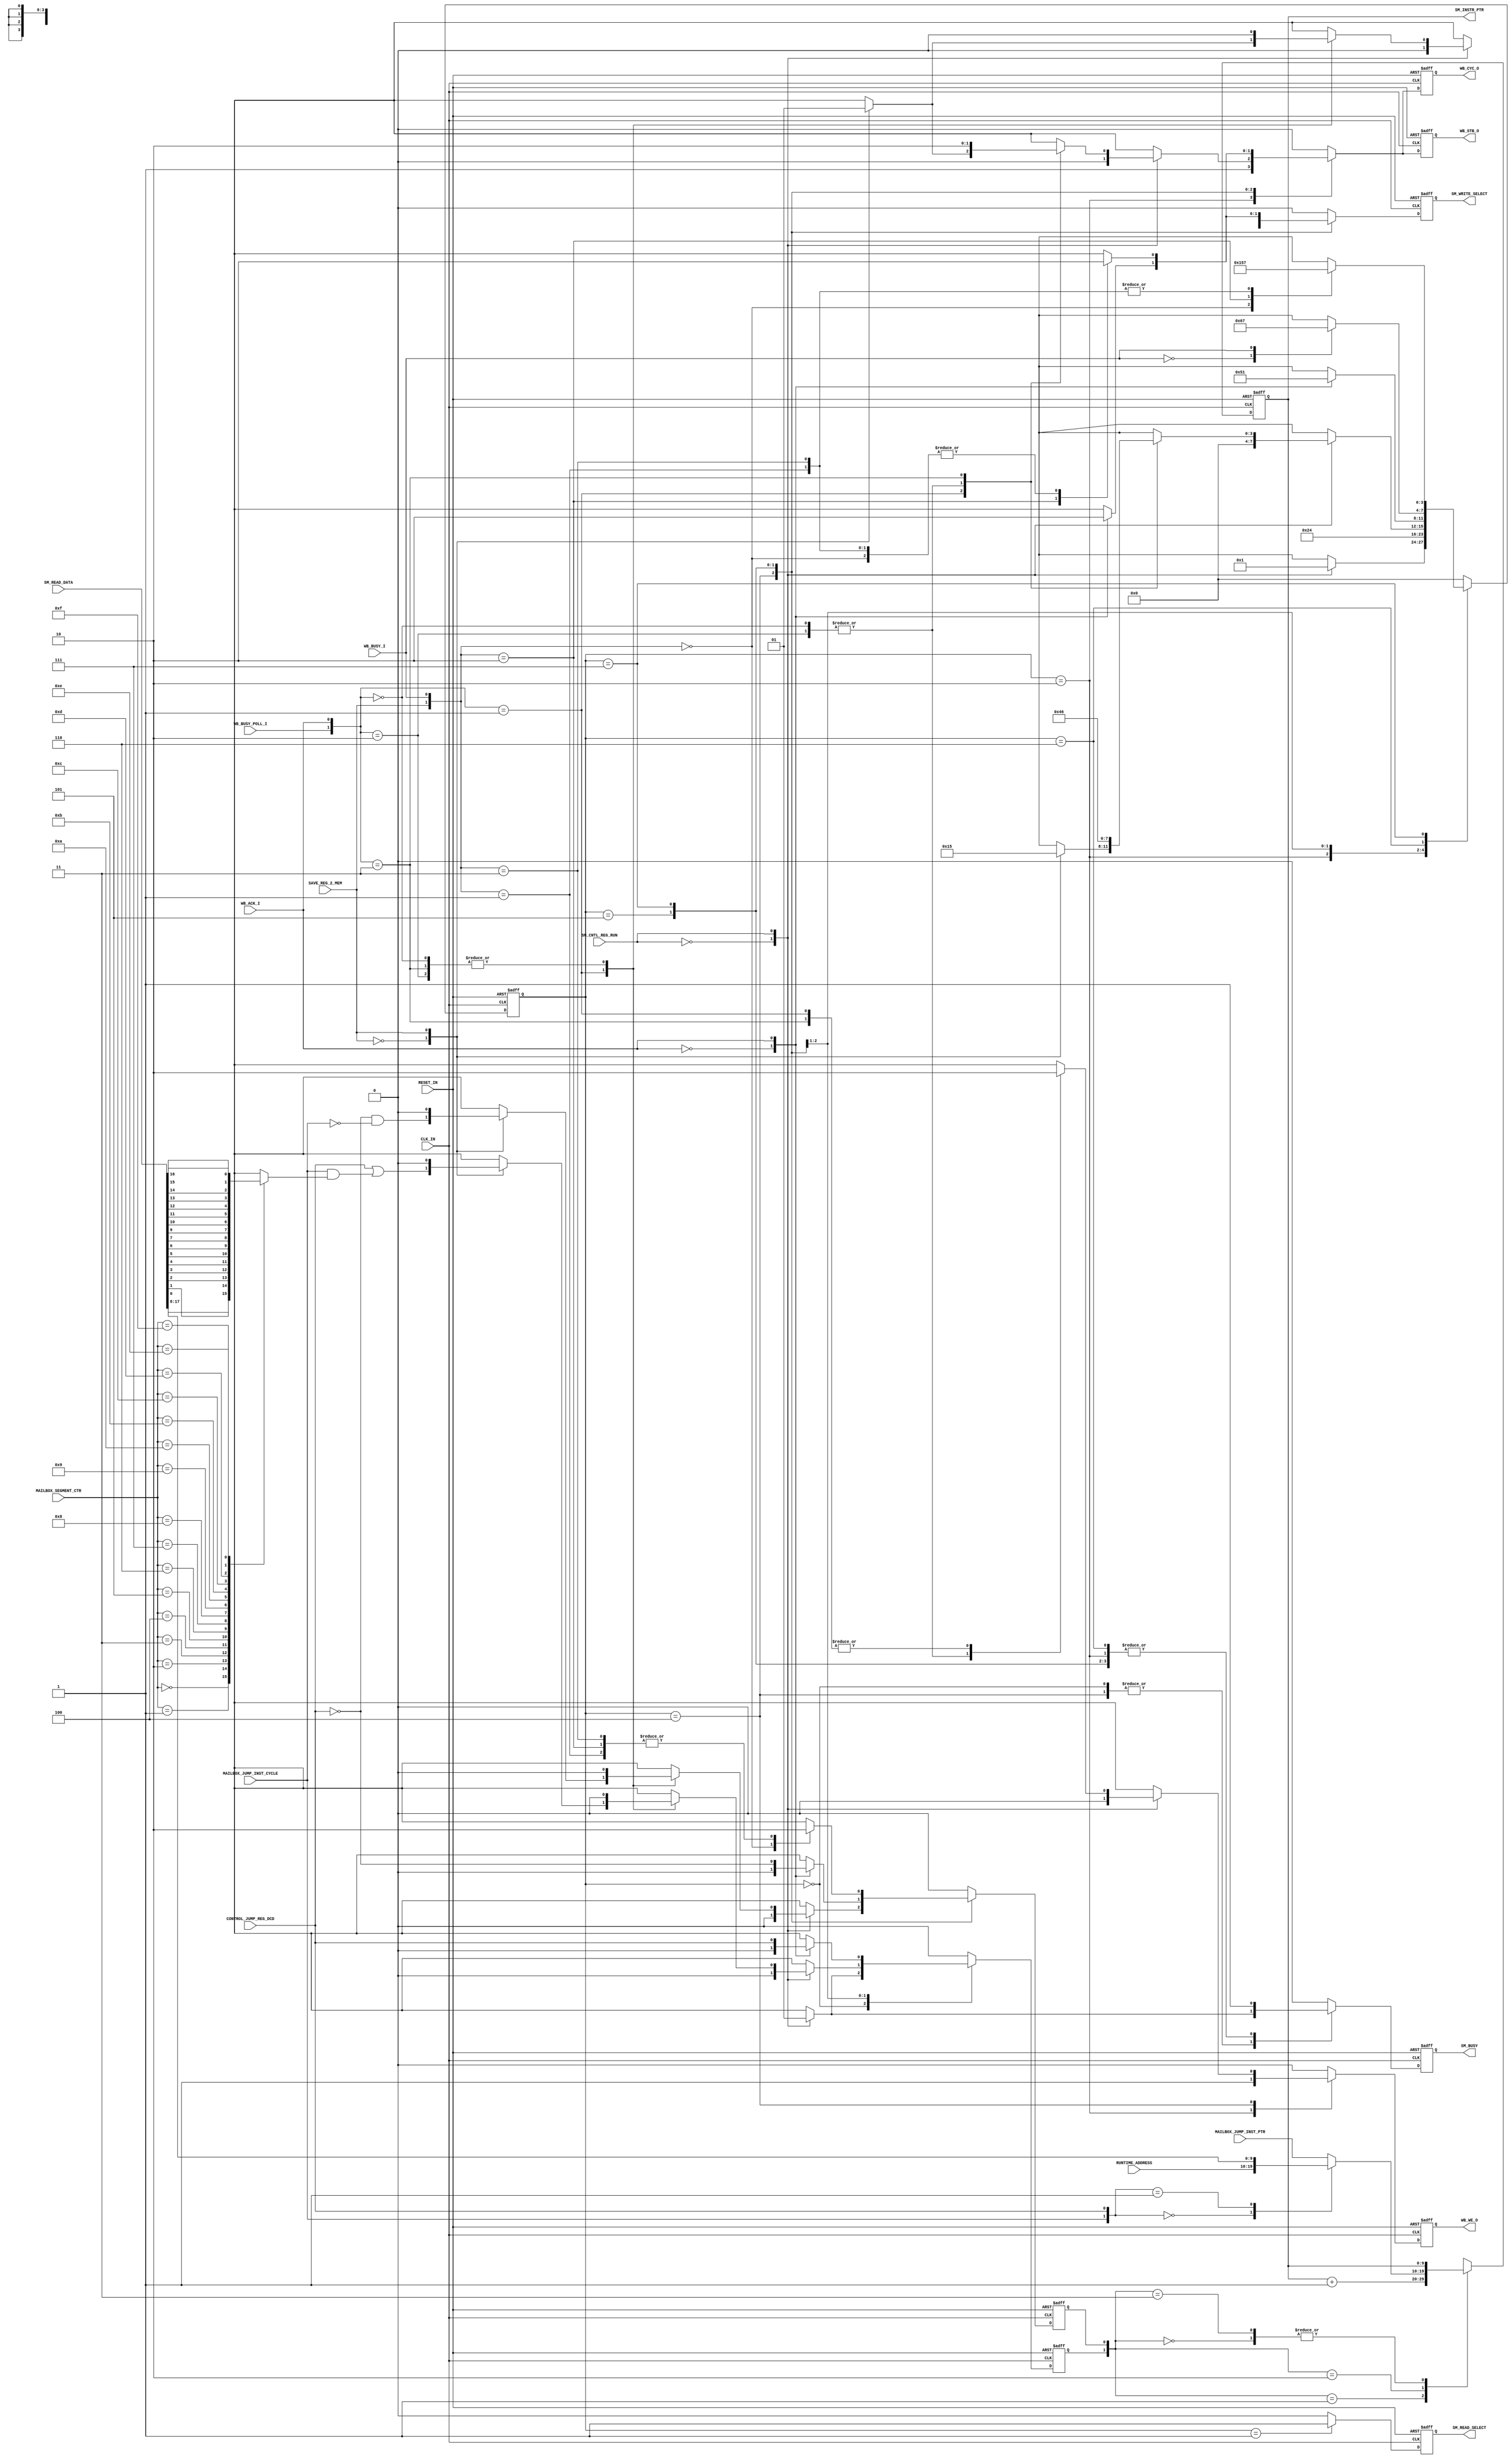
// -----------------------------------------------------------------------------
// title          : Sensor Manager Statemachine
// project        : ULP Sensor Hub
// -----------------------------------------------------------------------------
// company        : QuickLogic Corp
// last update    : 2013/12/06
// platform       : PolarPro III
// standard       : Verilog 2001
// -----------------------------------------------------------------------------
// description: The Sensor Manger Statemachine is responsible for controlling the
//              operations of the Sensor Manager. These include performing
//              transfers between Sensor Memory and various registers.
// -----------------------------------------------------------------------------
// copyright (c) 2013
// -----------------------------------------------------------------------------
// revisions  :
// date            version    author         description
// 2013/12/06      1.0        Glen Gomes     created
// 2014/05/27      1.1        Glen Gomes     Updated for Tay
// -----------------------------------------------------------------------------
// Comments: This solution is specifically for use with the QuickLogic
//           PolarPro III device. 
// -----------------------------------------------------------------------------

`timescale 1ns/10ps

module StateMachine (

               CLK_IN,
               RESET_IN,

			   RUNTIME_ADDRESS,
               CONTROL_JUMP_REG_DCD,
               SAVE_REG_2_MEM,

               MAILBOX_JUMP_INST_CYCLE,
			   MAILBOX_JUMP_INST_PTR,
			   MAILBOX_SEGMENT_CTR,

               WB_ACK_I,
               WB_BUSY_I,
			   WB_BUSY_POLL_I,

               WB_WE_O,
               WB_STB_O,
               WB_CYC_O,

               SM_CNTL_REG_RUN,
               SM_READ_DATA,

               SM_INSTR_PTR,
               SM_READ_SELECT,

               SM_WRITE_SELECT,

               SM_BUSY

               );
  

//-----Port Signals--------------------
//

input          CLK_IN;
input          RESET_IN;

input    [9:0] RUNTIME_ADDRESS;
input          CONTROL_JUMP_REG_DCD;
input          SAVE_REG_2_MEM;

input          MAILBOX_JUMP_INST_CYCLE;
input    [9:0] MAILBOX_JUMP_INST_PTR;
input    [3:0] MAILBOX_SEGMENT_CTR;

input          WB_ACK_I;
input          WB_BUSY_I;
input          WB_BUSY_POLL_I;

output         WB_WE_O;
output         WB_STB_O;
output         WB_CYC_O;

input          SM_CNTL_REG_RUN;
input   [17:0] SM_READ_DATA;

output   [9:0] SM_INSTR_PTR;
output         SM_READ_SELECT;

output         SM_WRITE_SELECT;

output         SM_BUSY;


wire           CLK_IN;
wire           RESET_IN;

wire     [9:0] RUNTIME_ADDRESS;
wire           CONTROL_JUMP_REG_DCD;
wire           SAVE_REG_2_MEM;

wire           MAILBOX_JUMP_INST_CYCLE;
wire     [9:0] MAILBOX_JUMP_INST_PTR;
wire     [3:0] MAILBOX_SEGMENT_CTR;

wire           WB_ACK_I;
wire           WB_BUSY_I;
wire           WB_BUSY_POLL_I;

reg            WB_WE_O;
reg            wb_we_o_nxt;

reg            WB_STB_O;
reg            wb_stb_o_nxt;

reg            WB_CYC_O;
reg            wb_cyc_o_nxt;

wire           SM_CNTL_REG_RUN;
wire    [17:0] SM_READ_DATA;

reg      [9:0] SM_INSTR_PTR;
reg      [9:0] sm_instr_ptr_nxt;

reg            SM_READ_SELECT;
reg            sm_read_select_nxt;

reg            SM_WRITE_SELECT;
reg            sm_write_select_nxt;

reg            SM_BUSY;
reg            sm_busy_nxt;

//-----Internal Signals--------------------
//


//
// Define the Statemachine registers
//
reg      [3:0] sensor_manager_sm;
reg      [3:0] sensor_manager_sm_nxt;


//
// Define the Instruction Pointer variables
//

reg            sm_instr_ptr_ce;
reg            sm_instr_ptr_ce_nxt;

reg            sm_instr_ptr_ld;
reg            sm_instr_ptr_ld_nxt;

//reg            sm_instr_ptr_sel;
//reg            sm_instr_ptr_sel_nxt;

reg            mailbox_jump_inst_ptr_ld;


//------Define Parameters---------
//

//
// Define the Sensor Manager Statemachine States
//
// Note: These states are chosen to allow for overlap of various signals
//       during operation. This overlap should help reduce timing
//       dependancies.
//
parameter SM_IDLE           = 4'h0;
parameter SM_INC_PTR        = 4'h1;
parameter SM_INST_RD        = 4'h2;
//parameter SM_INST_DCD       = 4'h3; // Note: Will be used for TimeStamp Support in a future design
parameter SM_REG_WR         = 4'h4;
parameter SM_REG_RD         = 4'h5;
parameter SM_WAIT_BUSY_ON   = 4'h6;
parameter SM_WAIT_BUSY_OFF  = 4'h7;


//
// Sensor Manager Initialization Start Address
//
// Note: The previous IP used the reset of the "RuntimeAddress" register to
//       select the sensor initialization code. This value explicity selects
//       the value for the start (or re-start) of initialization.
//
parameter SM_INIT_INSTR_ADR = 10'h0; // Address for the start in initialization instructions


//------Logic Operations----------
//

//
// Define the Instruction Pointer
//
// Note: This pointer can start at either the sensor initialization code start
//       address or the run-time code start address. 
//
always @( SM_INSTR_PTR            or
		  sm_instr_ptr_ld         or
		  sm_instr_ptr_ce         or
		  SM_READ_DATA            or
          CONTROL_JUMP_REG_DCD    or
		  RUNTIME_ADDRESS         or
          MAILBOX_JUMP_INST_CYCLE or
          MAILBOX_JUMP_INST_PTR
		 )
begin
	case({sm_instr_ptr_ld, sm_instr_ptr_ce})
	2'b00: sm_instr_ptr_nxt    <= SM_INSTR_PTR;        // Hold Current Value
	2'b01: sm_instr_ptr_nxt    <= SM_INSTR_PTR + 1'b1; // Increment to the next address
	2'b10:
	begin
        case({MAILBOX_JUMP_INST_CYCLE, CONTROL_JUMP_REG_DCD})
        2'b00:   sm_instr_ptr_nxt <= RUNTIME_ADDRESS;        //       Run-time Code Address
        2'b01:   sm_instr_ptr_nxt <= SM_READ_DATA[17:8];     //           Jump      Address
        default: sm_instr_ptr_nxt <= MAILBOX_JUMP_INST_PTR;  //  Mail Box Jump      Address
        endcase
	end
	2'b11: sm_instr_ptr_nxt    <= SM_INSTR_PTR;        // Hold Current Value
	endcase
end


// Select the Mail Box Jump Enable Bit
//
// Note: Mail Box Jump enable bits are spread over 16-bits of the 18-bits from 
//       SM Memory.
//
always @( MAILBOX_SEGMENT_CTR      or
          SM_READ_DATA             or
	      mailbox_jump_inst_ptr_ld
        )
begin
    case(MAILBOX_SEGMENT_CTR)
	4'h0: mailbox_jump_inst_ptr_ld <= SM_READ_DATA[0];
	4'h1: mailbox_jump_inst_ptr_ld <= SM_READ_DATA[1];
	4'h2: mailbox_jump_inst_ptr_ld <= SM_READ_DATA[2];
	4'h3: mailbox_jump_inst_ptr_ld <= SM_READ_DATA[3];
	4'h4: mailbox_jump_inst_ptr_ld <= SM_READ_DATA[4];
	4'h5: mailbox_jump_inst_ptr_ld <= SM_READ_DATA[5];
	4'h6: mailbox_jump_inst_ptr_ld <= SM_READ_DATA[6];
	4'h7: mailbox_jump_inst_ptr_ld <= SM_READ_DATA[7];
	4'h8: mailbox_jump_inst_ptr_ld <= SM_READ_DATA[9];
	4'h9: mailbox_jump_inst_ptr_ld <= SM_READ_DATA[10];
	4'hA: mailbox_jump_inst_ptr_ld <= SM_READ_DATA[11];
	4'hB: mailbox_jump_inst_ptr_ld <= SM_READ_DATA[12];
	4'hC: mailbox_jump_inst_ptr_ld <= SM_READ_DATA[13];
	4'hD: mailbox_jump_inst_ptr_ld <= SM_READ_DATA[14];
	4'hE: mailbox_jump_inst_ptr_ld <= SM_READ_DATA[15];
	4'hF: mailbox_jump_inst_ptr_ld <= SM_READ_DATA[16];
	endcase
end


// Define the registers associated with the Sensor Manager Statemachine
//
always @(posedge CLK_IN or posedge RESET_IN) 
begin
    if (RESET_IN)
    begin
        sensor_manager_sm  <= SM_IDLE;

        SM_INSTR_PTR       <= 10'h0;
        sm_instr_ptr_ce    <=  1'b0;
        sm_instr_ptr_ld    <=  1'b0;

        WB_WE_O            <=  1'b0;
        WB_STB_O           <=  1'b0;
		WB_CYC_O           <=  1'b0;

        SM_READ_SELECT     <=  1'b0;
        SM_WRITE_SELECT    <=  1'b0;

        SM_BUSY            <=  1'b0;
    end
    else 
    begin  
        sensor_manager_sm  <= sensor_manager_sm_nxt;    

        SM_INSTR_PTR       <= sm_instr_ptr_nxt;
        sm_instr_ptr_ce    <= sm_instr_ptr_ce_nxt;
        sm_instr_ptr_ld    <= sm_instr_ptr_ld_nxt;

        WB_WE_O            <=  wb_we_o_nxt;
        WB_STB_O           <=  wb_stb_o_nxt;
		WB_CYC_O           <=  wb_cyc_o_nxt;

        SM_READ_SELECT     <= sm_read_select_nxt;
        SM_WRITE_SELECT    <= sm_write_select_nxt;

        SM_BUSY            <= sm_busy_nxt;
 	end
end   


// Define the Sensor Manager Statemachine
//
always @( sensor_manager_sm        or
          SM_CNTL_REG_RUN          or
          CONTROL_JUMP_REG_DCD     or
          SAVE_REG_2_MEM           or
          WB_BUSY_I                or
		  WB_BUSY_POLL_I           or
		  WB_ACK_I                 or
          MAILBOX_JUMP_INST_CYCLE  or
	      mailbox_jump_inst_ptr_ld 
         )
begin
    case(sensor_manager_sm)
    SM_IDLE:
	begin

		case(SM_CNTL_REG_RUN)
		1'b0:    // No Activity
		begin
            sensor_manager_sm_nxt <= SM_IDLE;

		    sm_busy_nxt           <= 1'b0;
            sm_instr_ptr_ld_nxt   <= 1'b0;
        end
		1'b1:    // Start at the Sensor Run-Time Code
		begin
            sensor_manager_sm_nxt <= SM_INC_PTR;

		    sm_busy_nxt           <= 1'b1;
            sm_instr_ptr_ld_nxt   <= 1'b1;
        end
        endcase

        sm_instr_ptr_ce_nxt   <= 1'b0;

        sm_read_select_nxt    <= 1'b0;
        sm_write_select_nxt   <= 1'b0;

		wb_we_o_nxt           <= 1'b0;
		wb_stb_o_nxt          <= 1'b0;
		wb_cyc_o_nxt          <= 1'b0;
	end
    SM_INC_PTR:
	begin
        sensor_manager_sm_nxt <= SM_INST_RD;

		sm_busy_nxt           <= 1'b1;

        sm_instr_ptr_ld_nxt   <= 1'b0;
        sm_instr_ptr_ce_nxt   <= 1'b0;

        sm_read_select_nxt    <= 1'b1;
        sm_write_select_nxt   <= 1'b0;

		wb_we_o_nxt           <= 1'b0;
		wb_stb_o_nxt          <= 1'b0;
		wb_cyc_o_nxt          <= 1'b0;
	end
    SM_INST_RD:
	begin
        sensor_manager_sm_nxt <= SM_REG_WR;

		sm_busy_nxt           <= 1'b1;

        sm_instr_ptr_ld_nxt   <= 1'b0;
        sm_instr_ptr_ce_nxt   <= 1'b0;

        sm_read_select_nxt    <= 1'b0;
        sm_write_select_nxt   <= 1'b0;

		wb_we_o_nxt           <= 1'b1;
		wb_stb_o_nxt          <= 1'b1;
		wb_cyc_o_nxt          <= 1'b1;
	end
    SM_REG_WR:
	begin

        sm_read_select_nxt    <= 1'b0;

		case(SM_CNTL_REG_RUN)
		1'b0:  // A write of "0" to bit "0" of the Command register at address "0" turns off 
			   // the Sensor Manager's Statemachine
		begin
		    sensor_manager_sm_nxt <= SM_IDLE;

		    sm_busy_nxt           <= 1'b0;

            sm_instr_ptr_ld_nxt   <= 1'b0;
            sm_instr_ptr_ce_nxt   <= 1'b0;

            sm_write_select_nxt   <= 1'b0;

		    wb_we_o_nxt           <= 1'b0;
		    wb_stb_o_nxt          <= 1'b0;
		    wb_cyc_o_nxt          <= 1'b0;
		end
		1'b1: // Sensor Manager Statemachine is not stopped; continue processing
		begin
		    sm_busy_nxt           <= 1'b1;

		    case({WB_BUSY_POLL_I, WB_ACK_I})
            2'b00:    // Wait for Wish Bone Acknowledge and no need to wait for transfer complete
	        begin
		    	sensor_manager_sm_nxt <= SM_REG_WR;

                sm_instr_ptr_ld_nxt   <= 1'b0;
                sm_instr_ptr_ce_nxt   <= 1'b0;

                sm_write_select_nxt   <= 1'b0;

		        wb_we_o_nxt           <= 1'b1;
		        wb_stb_o_nxt          <= 1'b1;
		        wb_cyc_o_nxt          <= 1'b1;
		    end
            2'b01:    // Wish Bone Acknowledge Received and no need to wait for transfer complete
	        begin
                case(SAVE_REG_2_MEM)
				1'b0: 
				begin
			        sensor_manager_sm_nxt <= SM_INC_PTR;

					sm_instr_ptr_ld_nxt   <=   CONTROL_JUMP_REG_DCD
                                          |   (MAILBOX_JUMP_INST_CYCLE & mailbox_jump_inst_ptr_ld);

                    sm_instr_ptr_ce_nxt   <= ~ CONTROL_JUMP_REG_DCD
                                          &  ~ MAILBOX_JUMP_INST_CYCLE;

                    sm_write_select_nxt   <= 1'b0;

		            wb_we_o_nxt           <= 1'b0;
		            wb_stb_o_nxt          <= 1'b0;
		            wb_cyc_o_nxt          <= 1'b0;
				end
				1'b1: 
				begin
			        sensor_manager_sm_nxt <= SM_REG_RD;

                    sm_instr_ptr_ld_nxt   <= 1'b0;
                    sm_instr_ptr_ce_nxt   <= 1'b0;

                    sm_write_select_nxt   <= 1'b1;

		            wb_we_o_nxt           <= 1'b0;
		            wb_stb_o_nxt          <= 1'b1;
		            wb_cyc_o_nxt          <= 1'b1;
				end
		        endcase
		    end
            2'b10:    // Wait for Wish Bone Acknowledge and will need to wait for transfer complete
	        begin
			    sensor_manager_sm_nxt <= SM_REG_WR;

                sm_instr_ptr_ld_nxt   <= 1'b0;
                sm_instr_ptr_ce_nxt   <= 1'b0;

                sm_write_select_nxt   <= 1'b0;

		        wb_we_o_nxt           <= 1'b1;
		        wb_stb_o_nxt          <= 1'b1;
		        wb_cyc_o_nxt          <= 1'b1;
		    end
            2'b11:     // Acknowledge received but need to wait for transfer complete
	        begin
			    sensor_manager_sm_nxt <= SM_WAIT_BUSY_ON;

                sm_instr_ptr_ld_nxt   <= 1'b0;
                sm_instr_ptr_ce_nxt   <= 1'b0;

                sm_write_select_nxt   <= 1'b0;

		        wb_we_o_nxt           <= 1'b0;
		        wb_stb_o_nxt          <= 1'b0;
		        wb_cyc_o_nxt          <= 1'b0;
		    end
            endcase
		end
        endcase
	end
    SM_REG_RD:
	begin
		sm_busy_nxt           <= 1'b1;

        sm_read_select_nxt    <= 1'b0;

		wb_we_o_nxt           <= 1'b0;

		case(WB_ACK_I)
        1'b0:    // Waiting for Wish Bone Acknowledge
		begin
            sensor_manager_sm_nxt <= SM_REG_RD;

            sm_instr_ptr_ld_nxt   <= 1'b0;
            sm_instr_ptr_ce_nxt   <= 1'b0;

            sm_write_select_nxt   <= 1'b1;

		    wb_stb_o_nxt          <= 1'b1;
		    wb_cyc_o_nxt          <= 1'b1;
        end
        1'b1:    // Got Wish Bone Acknowledge
        begin
            sensor_manager_sm_nxt <= SM_INC_PTR;

            sm_instr_ptr_ld_nxt   <=  CONTROL_JUMP_REG_DCD;
            sm_instr_ptr_ce_nxt   <= ~CONTROL_JUMP_REG_DCD;

            sm_write_select_nxt   <= 1'b0;

		    wb_stb_o_nxt          <= 1'b0;
		    wb_cyc_o_nxt          <= 1'b0;
        end
        endcase
	end
    SM_WAIT_BUSY_ON:
	begin
		sm_busy_nxt           <= 1'b1;

        sm_instr_ptr_ld_nxt   <= 1'b0;
        sm_instr_ptr_ce_nxt   <= 1'b0;

        sm_read_select_nxt    <= 1'b0;
        sm_write_select_nxt   <= 1'b0;

		wb_we_o_nxt           <= 1'b0;
		wb_stb_o_nxt          <= 1'b0;
		wb_cyc_o_nxt          <= 1'b0;

        case(WB_BUSY_I)
        1'b0: sensor_manager_sm_nxt <= SM_WAIT_BUSY_ON;    // Wait for Busy from I/F
        1'b1: sensor_manager_sm_nxt <= SM_WAIT_BUSY_OFF;   // Got      Busy from I/F
        endcase
	end
    SM_WAIT_BUSY_OFF:
	begin
		sm_busy_nxt           <= 1'b1;

        sm_instr_ptr_ld_nxt   <= 1'b0;

        sm_read_select_nxt    <= 1'b0;

	    wb_we_o_nxt           <= 1'b0;

        case({SAVE_REG_2_MEM, WB_BUSY_I})
        2'b00:    // Wishbone transfer complete; no need to write anything to Sensor Manager Memory
				  // 
				  // Note: Writes to the command register do not enter this state. 
				  //       Therefore, there is no need to check for the end of processing.
		begin
			sensor_manager_sm_nxt <= SM_INC_PTR;

            sm_instr_ptr_ce_nxt   <= 1'b1;
            sm_write_select_nxt   <= 1'b0;

		    wb_stb_o_nxt          <= 1'b0;
		    wb_cyc_o_nxt          <= 1'b0;
		end
        2'b01:    // Wait for Wishbone transfer to complete
		begin
			sensor_manager_sm_nxt <= SM_WAIT_BUSY_OFF;

            sm_instr_ptr_ce_nxt   <= 1'b0;
            sm_write_select_nxt   <= 1'b0;

		    wb_stb_o_nxt          <= 1'b0;
		    wb_cyc_o_nxt          <= 1'b0;
		end
        2'b10:    // Wishbone transfer complete; Write resulting register value to Sensor Manager Memory
		begin
			sensor_manager_sm_nxt <= SM_REG_RD;

            sm_instr_ptr_ce_nxt   <= 1'b0;
            sm_write_select_nxt   <= 1'b1;

		    wb_stb_o_nxt          <= 1'b1;
		    wb_cyc_o_nxt          <= 1'b1;
		end
        2'b11:    // Wait for Wishbone transfer to complete
		begin
			sensor_manager_sm_nxt <= SM_WAIT_BUSY_OFF;

            sm_instr_ptr_ce_nxt   <= 1'b0;
            sm_write_select_nxt   <= 1'b0;

		    wb_stb_o_nxt          <= 1'b0;
		    wb_cyc_o_nxt          <= 1'b0;
		end
        endcase
	end
	default:
	begin
        sensor_manager_sm_nxt <= SM_IDLE;

		sm_busy_nxt           <= 1'b0;

        sm_instr_ptr_ld_nxt   <= 1'b0;
        sm_instr_ptr_ce_nxt   <= 1'b0;

        sm_read_select_nxt    <= 1'b0;
        sm_write_select_nxt   <= 1'b0;

		wb_we_o_nxt           <= 1'b0;
		wb_stb_o_nxt          <= 1'b0;
		wb_cyc_o_nxt          <= 1'b0;
	end
	endcase
end	

endmodule